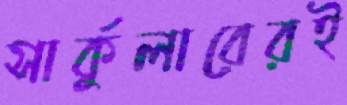
সার্কুলারেরই